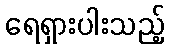
ရေရှားပါးသည့်